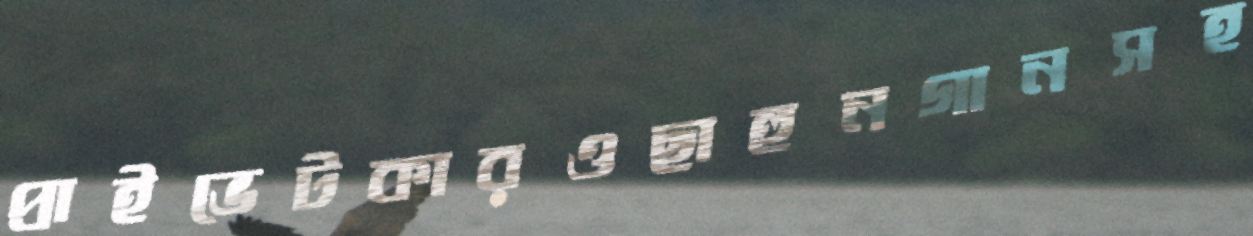
প্রাইভেটকারওছাহুনগানসহ